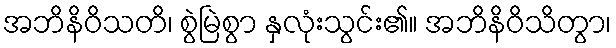
အဘိနိဝိသတိ၊ စွဲမြဲစွာ နှလုံးသွင်း၏။ အဘိနိဝိသိတွာ၊